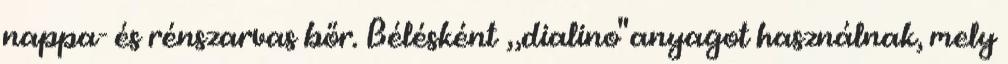
nappa- és rénszarvas bőr. Bélésként „dialino" anyagot használnak, mely